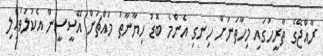
ރާއްޖޭގެ ތާރީހުގައި މިހާތަނަށް ހިނގި އެންމެ ބޮޑު ހިޔާނާތު މައްޗަށް އޭސީސީން އެކުލަވައިލި